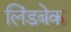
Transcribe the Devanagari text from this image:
लिंडबेक